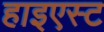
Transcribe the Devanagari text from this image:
हाइएस्ट